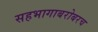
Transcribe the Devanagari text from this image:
सहभागाबरोबरच